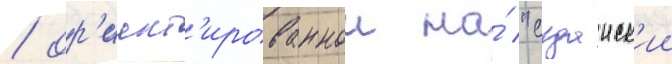
/ ор'иент'ированнои на́ "суданск'ии